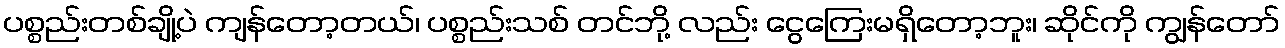
ပစ္စည်းတစ်ချို့ပဲ ကျန်တော့တယ်၊ ပစ္စည်းသစ် တင်ဘို့ လည်း ငွေကြေးမရှိတော့ဘူး၊ ဆိုင်ကို ကျွန်တော်